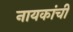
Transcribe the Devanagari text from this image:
नायकांची